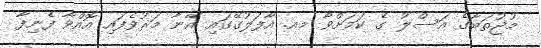
މުޖުތަބާގެ އަސްލު ގެ ކަމަށްވާ މއ. އާފަލުގޭގައި އޭނާ މަރުވެފައި އޮއްވާ ފެނިފާ